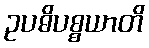
ဥပဓိပစ္စယာတိ